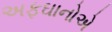
અફઘાનોએ